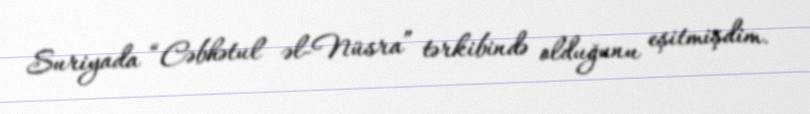
Suriyada “Cəbhətul əl-Nüsra” tərkibində olduğunu eşitmişdim.